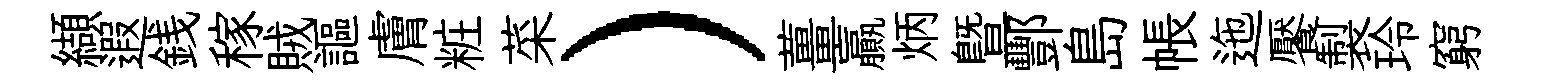
纈遐銭稼賊謳膚粧菜）薑贏炳曁酆島帳迤饜製玲窮